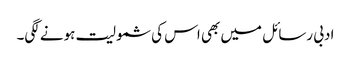
ادبی رسائل میں بھی اس کی شمولیت ہونے لگی۔